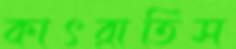
কাৎরাতিস